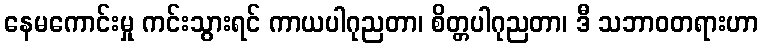
နေမကောင်းမှု ကင်းသွားရင် ကာယပါဂုညတာ၊ စိတ္တပါဂုညတာ၊ ဒီ သဘာဝတရားဟာ